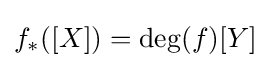
f_{*}([X])=\deg(f)[Y]